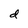
Character: d